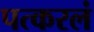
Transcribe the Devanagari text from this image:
पत्करलं